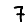
Digit: 7